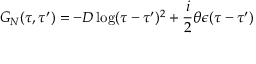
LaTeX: { \cal G } _ { N } ( \tau , \tau ^ { \prime } ) = - D \log ( \tau - \tau ^ { \prime } ) ^ { 2 } + \frac i 2 \theta \epsilon ( \tau - \tau ^ { \prime } )